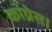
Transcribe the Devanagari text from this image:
कांग्रेस।